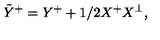
\tilde { Y } ^ { + } = Y ^ { + } + 1 / 2 X ^ { + } X ^ { \perp } ,